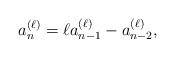
LaTeX: \begin{align*}a_n^{(\ell)} = \ell a_{n-1}^{(\ell)} -a_{n-2}^{(\ell)}, \end{align*}